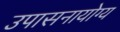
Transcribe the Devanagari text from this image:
उपासनायोग्य